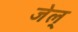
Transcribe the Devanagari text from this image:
जेल्